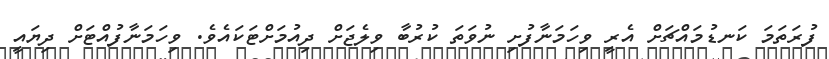
ފުރަތަމަ ކަނޑުމައްޗަށް އެރީ ވިހަމަނާފުށި ނުވަތަ ކުރުބާ ވިލެޖަށް ދިއުމަށްޓަކައެވެ. ވިހަމަނާފުއްޓަށް ދިޔައީ